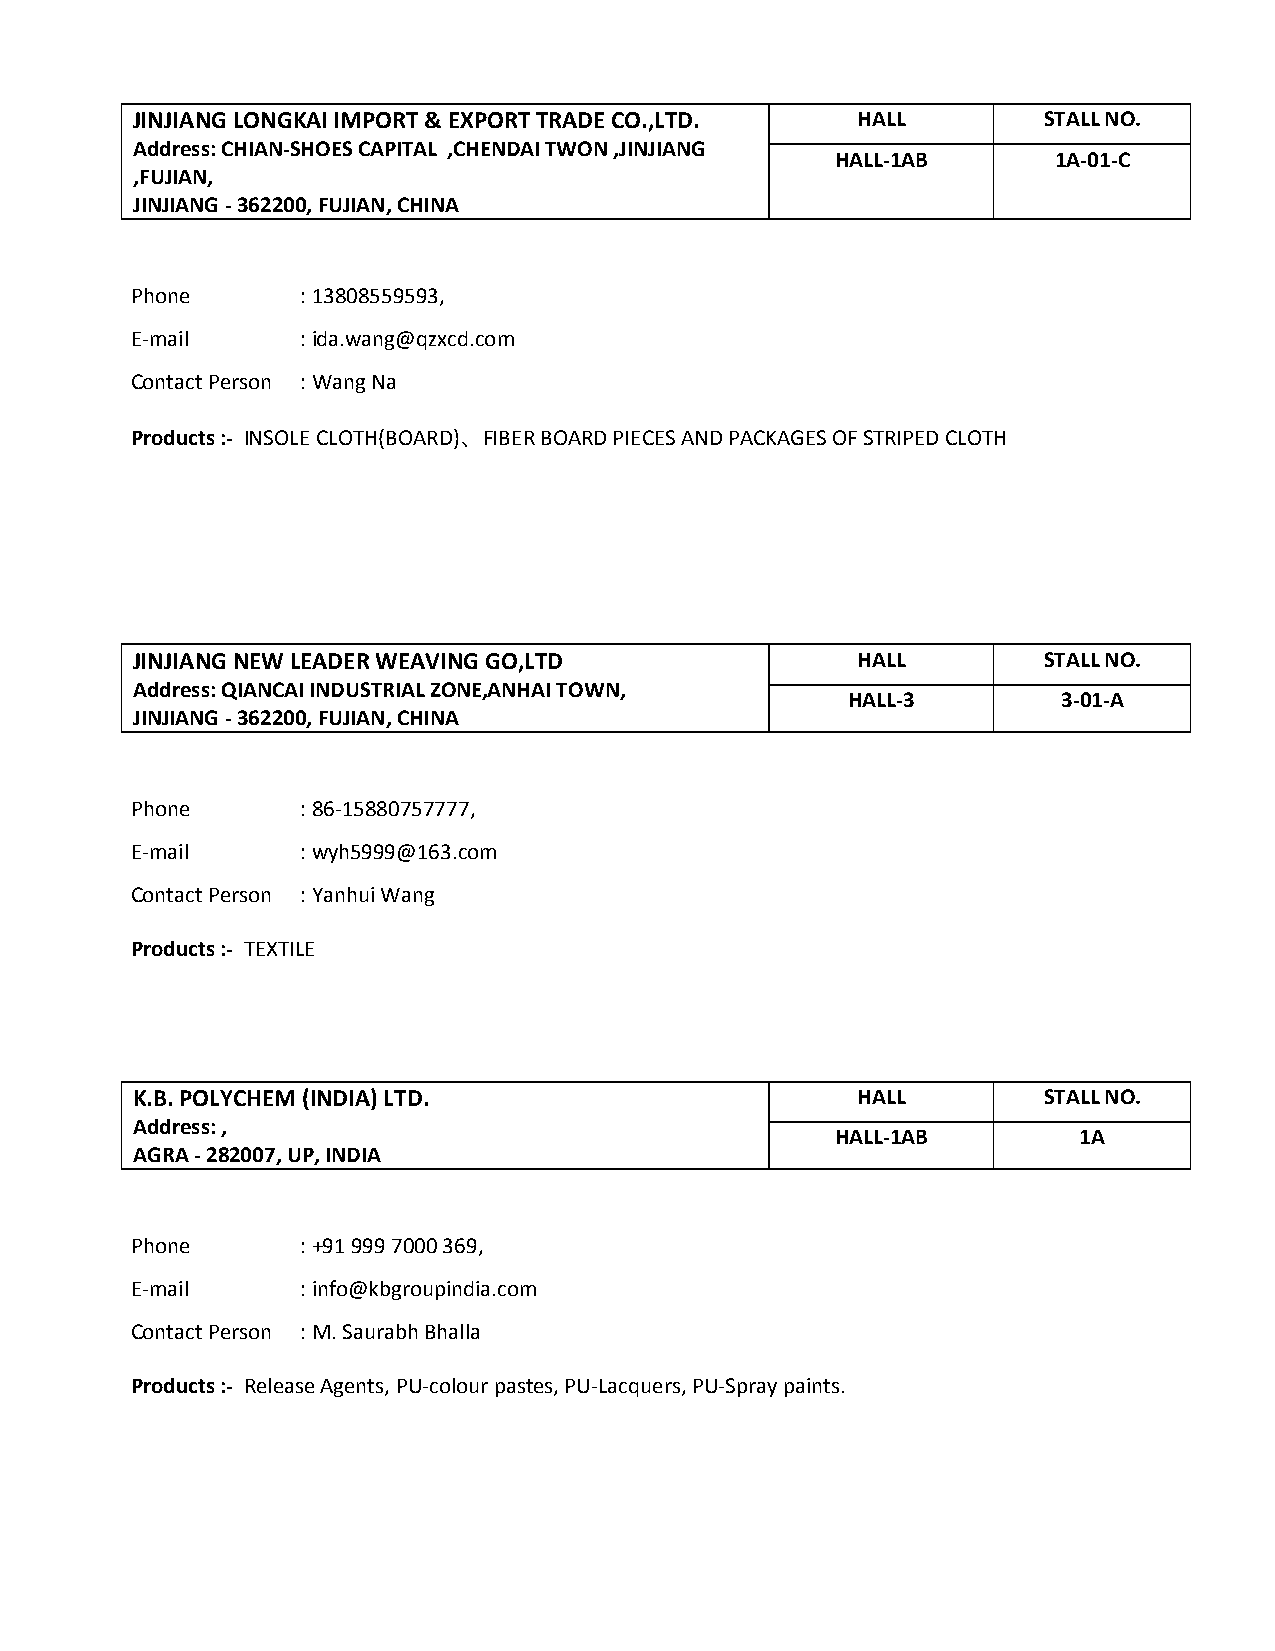
JINJIANG LONGKAI IMPORT & EXPORT TRADE CO.,LTD. HALL        STALL NO.
 Address: CHIAN-SHOES CAPITAL ,CHENDAI TWON ,JINJIANG
 HALL-1AB       1A-01-C
 ,FUJIAN,
 JINJIANG - 362200, FUJIAN, CHINA
 Phone      : 13808559593,
 E-mail     : ida.wang@qzxcd.com
 Contact Person : Wang Na
 Products :- INSOLE CLOTH(BOARD)、FIBER BOARD PIECES AND PACKAGES OF STRIPED CLOTH
 JINJIANG NEW LEADER WEAVING GO,LTD              HALL        STALL NO.
 Address: QIANCAI INDUSTRIAL ZONE,ANHAI TOWN,
 HALL-3        3-01-A
 JINJIANG - 362200, FUJIAN, CHINA
 Phone      : 86-15880757777,
 E-mail     : wyh5999@163.com
 Contact Person : Yanhui Wang
 Products :- TEXTILE
 K.B. POLYCHEM (INDIA) LTD.                      HALL        STALL NO.
 Address: ,
 HALL-1AB        1A
 AGRA - 282007, UP, INDIA
 Phone      : +91 999 7000 369,
 E-mail     : info@kbgroupindia.com
 Contact Person : M. Saurabh Bhalla
 Products :- Release Agents, PU-colour pastes, PU-Lacquers, PU-Spray paints.